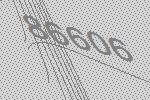
86606